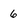
Character: 6